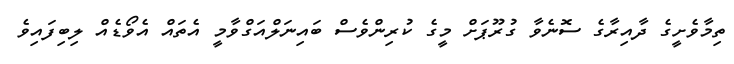
ތިމާވެށީގެ ދާއިރާގެ ސޮނެވާ ގުރޫޕަށް މީގެ ކުރިންވެސް ބައިނަލްއަގްވާމީ އެތައް އެވޯޑެއް ލިބިފައިވެ